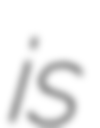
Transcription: is